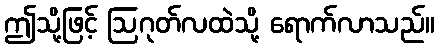
ဤသို့ဖြင့် ဩဂုတ်လထဲသို့ ရောက်လာသည်။